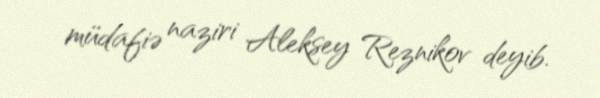
müdafiə naziri Aleksey Reznikov deyib.